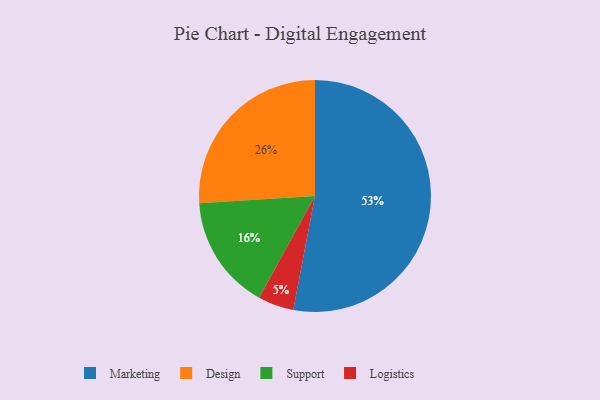
{"axis": {"x": "Category", "y": "Percentage"}, "legend": ["Design", "Logistics", "Marketing", "Support"], "data": [{"x": "Marketing", "y": 53, "type": "Marketing"}, {"x": "Support", "y": 16, "type": "Support"}, {"x": "Design", "y": 26, "type": "Design"}, {"x": "Logistics", "y": 5, "type": "Logistics"}]}